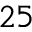
2 5